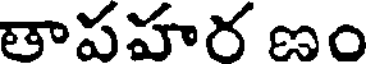
తాపహర ణం